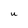
Character: U